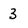
Character: 3